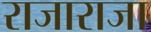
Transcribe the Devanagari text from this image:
राजाराजा